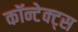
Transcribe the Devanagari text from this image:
कॉन्टेक्ट्स